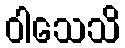
ဝါသေသိ